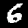
Digit: 6